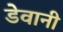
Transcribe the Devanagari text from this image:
डेवानी